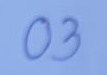
03